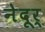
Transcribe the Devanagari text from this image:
नेदूर्